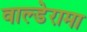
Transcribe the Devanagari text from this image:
वाल्डेरामा